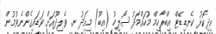
އިދިކޮޅު ކެނޑިޑޭޓް އިބްރާހިމް މުހައްމަދު ސޯލިހު (އިބޫ) މިއަދު ނ. ވެލިދޫއަށް ވަޑައިގެންނެވުމުން